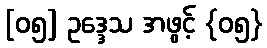
[၀၅] ဥဒ္ဒေသ အဖွင့် {၀၅}